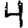
Digit: 4